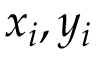
x _ { i } , y _ { i }